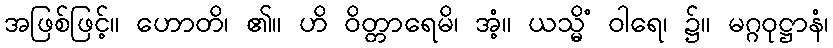
အဖြစ်ဖြင့်။ ဟောတိ၊ ၏။ ဟိ ဝိတ္တာရေမိ၊ အံ့။ ယသ္မိံ ဝါရေ၊ ၌။ မဂ္ဂဝုဋ္ဌာနံ၊